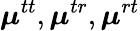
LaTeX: \boldsymbol{\mu}^{tt},\boldsymbol{\mu}^{tr},\boldsymbol{\mu}^{rt}